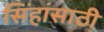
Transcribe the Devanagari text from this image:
सिंहांसाठी